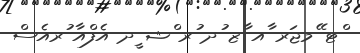
ްޓ ޭމޖަރ ާއ ާޒ ުދ ުރ ްޝ ީދ އެފްއާ ުރއެސް